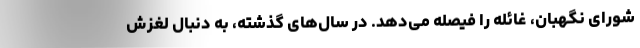
شورای نگهبان، غائله را فیصله می‌دهد. در سال‌های گذشته، به دنبال لغزش